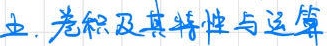
五. 卷积及其特性与运算